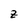
Character: Z